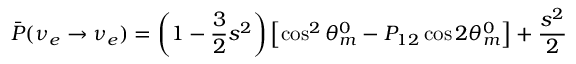
\bar { P } ( \nu _ { e } \rightarrow \nu _ { e } ) = \left( 1 - \frac { 3 } { 2 } s ^ { 2 } \right) \left[ \cos ^ { 2 } \theta _ { m } ^ { 0 } - P _ { 1 2 } \cos 2 \theta _ { m } ^ { 0 } \right] + \frac { s ^ { 2 } } { 2 }